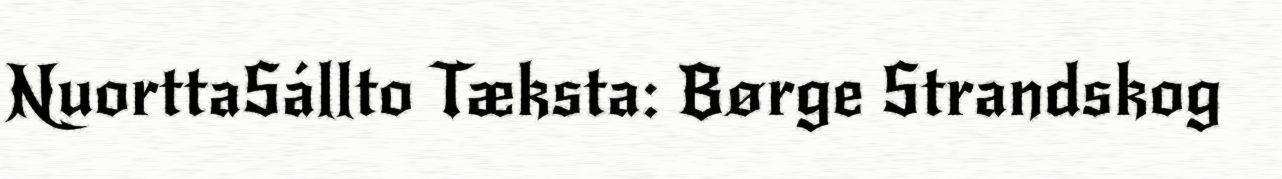
NuorttaSállto Tæksta: Børge Strandskog